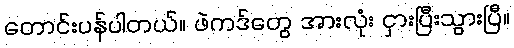
တောင်းပန်ပါတယ်။ ဖဲကဒ်တွေ အားလုံး ငှားပြီးသွားပြီ။